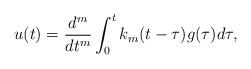
LaTeX: \begin{align*}u(t) = \frac{d^m}{dt^m} \int_0^tk_m(t-\tau)g(\tau)d\tau,\end{align*}